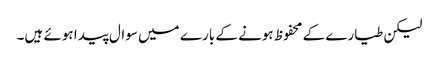
لیکن طیارے کے محفوظ ہونے کے بارے میں سوال پیدا ہوئے ہیں۔